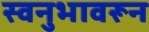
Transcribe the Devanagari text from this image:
स्वनुभावरून